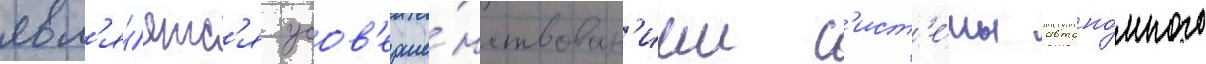
явл'я́етс'я усов'ерше́нствован'ием с'ист'е́мы автоно́много